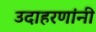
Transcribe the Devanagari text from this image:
उदाहरणांनी